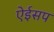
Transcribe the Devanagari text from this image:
ऐईसप